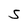
Character: S